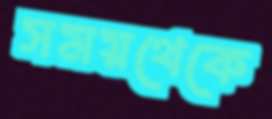
সময়থেকে